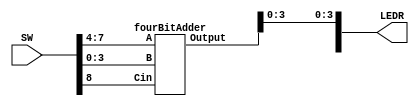
`timescale 1ns/1ns

module fourBitAdderTOP(SW, LEDR); // Top Level Module

	input [8:0] SW;
	output [9:0] LEDR;
	
	fourBitAdder fba(SW[7:4], SW[3:0], SW[8], { LEDR[9], LEDR[3:0] });

endmodule // fourBitAdderTOP

module fourBitAdder(A, B, Cin, Output);

	input [3:0] A, B; // Two four bit inputs
	input Cin; // Initial Carry
	output [4:0] Output; // 5 bit output
	
	wire c1, c2, c3; // Carry from each addition
	
	adder a1 (A[0], B[0], Cin, Output[0], c1);
	adder a2 (A[1], B[1], c1, Output[1], c2);
	adder a3 (A[2], B[2], c2, Output[2], c3);
	adder a4 (A[3], B[3], c3, Output[3], Output[4]);

endmodule // fourBitAdder

module adder(input a, b, cin,
				 output s, cout);

	wire w;
	assign w = a ^ b;
	
	assign s = w ^ cin;
	assign cout = (w & cin) | (!w & b);
				 
endmodule // adder